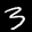
Label: 3